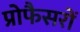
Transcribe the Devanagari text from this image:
प्रोफैसरों